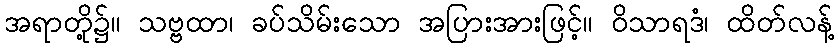
အရာတို့၌။ သဗ္ဗထာ၊ ခပ်သိမ်းသော အပြားအားဖြင့်။ ဝိသာရဒံ၊ ထိတ်လန့်